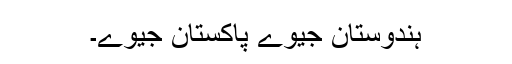
ہندوستان جیوے پاکستان جیوے۔